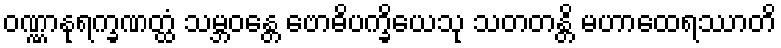
ဝဏ္ဏာနုရက္ခဏတ္ထံ သမ္ဘဝန္တေ ဗောဓိပက္ခိယေသု သတတန္တိ မဟာထေရဿာတိ